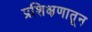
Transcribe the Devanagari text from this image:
प्रशिक्षणातून